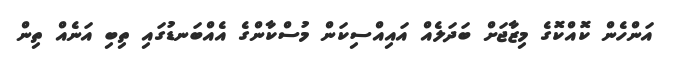
އަންހެން ކޮއްކޮގެ މިޒާޖަށް ބަދަލެއް އައިއްސިކަން މުސްކާންގެ އެއްބަނޑުގައި ތިބި އަނެއް ތިން